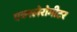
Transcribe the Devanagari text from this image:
एक्स्लेरोमीटर